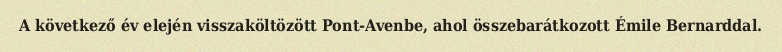
A következő év elején visszaköltözött Pont-Avenbe, ahol összebarátkozott Émile Bernarddal.